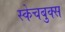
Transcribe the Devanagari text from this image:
स्केचबुक्स